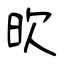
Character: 欥